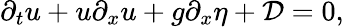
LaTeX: \partial_{t}u+u\partial_{x}u+g\partial_{x}\eta+\mathcal{D}=0,